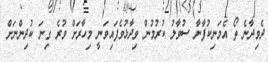
ދެވިދާނެ ތޯ އެމަނިކުފާނާ ސުވާލު ކުރުމުން ވިދާޅުވެފައިވަނީ މިހާރަށް ވުރެ ގިނަ ކުދިންނަށް